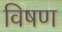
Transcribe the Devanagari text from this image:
विषण